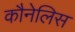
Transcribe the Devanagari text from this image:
कौनेलिस